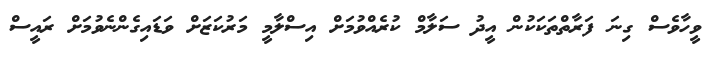
ވީހާވެސް ގިނަ ފަރާތްތަކަކުން އީދު ސަލާާމް ކުރެއްވުމަށް އިސްލާމީ މަރުކަޒަށް ވަޑައިގެންނެވުމަށް ރައީސް